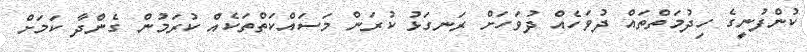
ކުންފުނީގެ ހިދުމަތްތައް ދުވަހެއް ދުވަހަށް ރަނގަޅު ކުރަން މަސައްކަތްތަކެއް ކުރަމުން ގެންދާ ކަމަށް